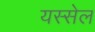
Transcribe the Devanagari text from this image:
यस्सेल